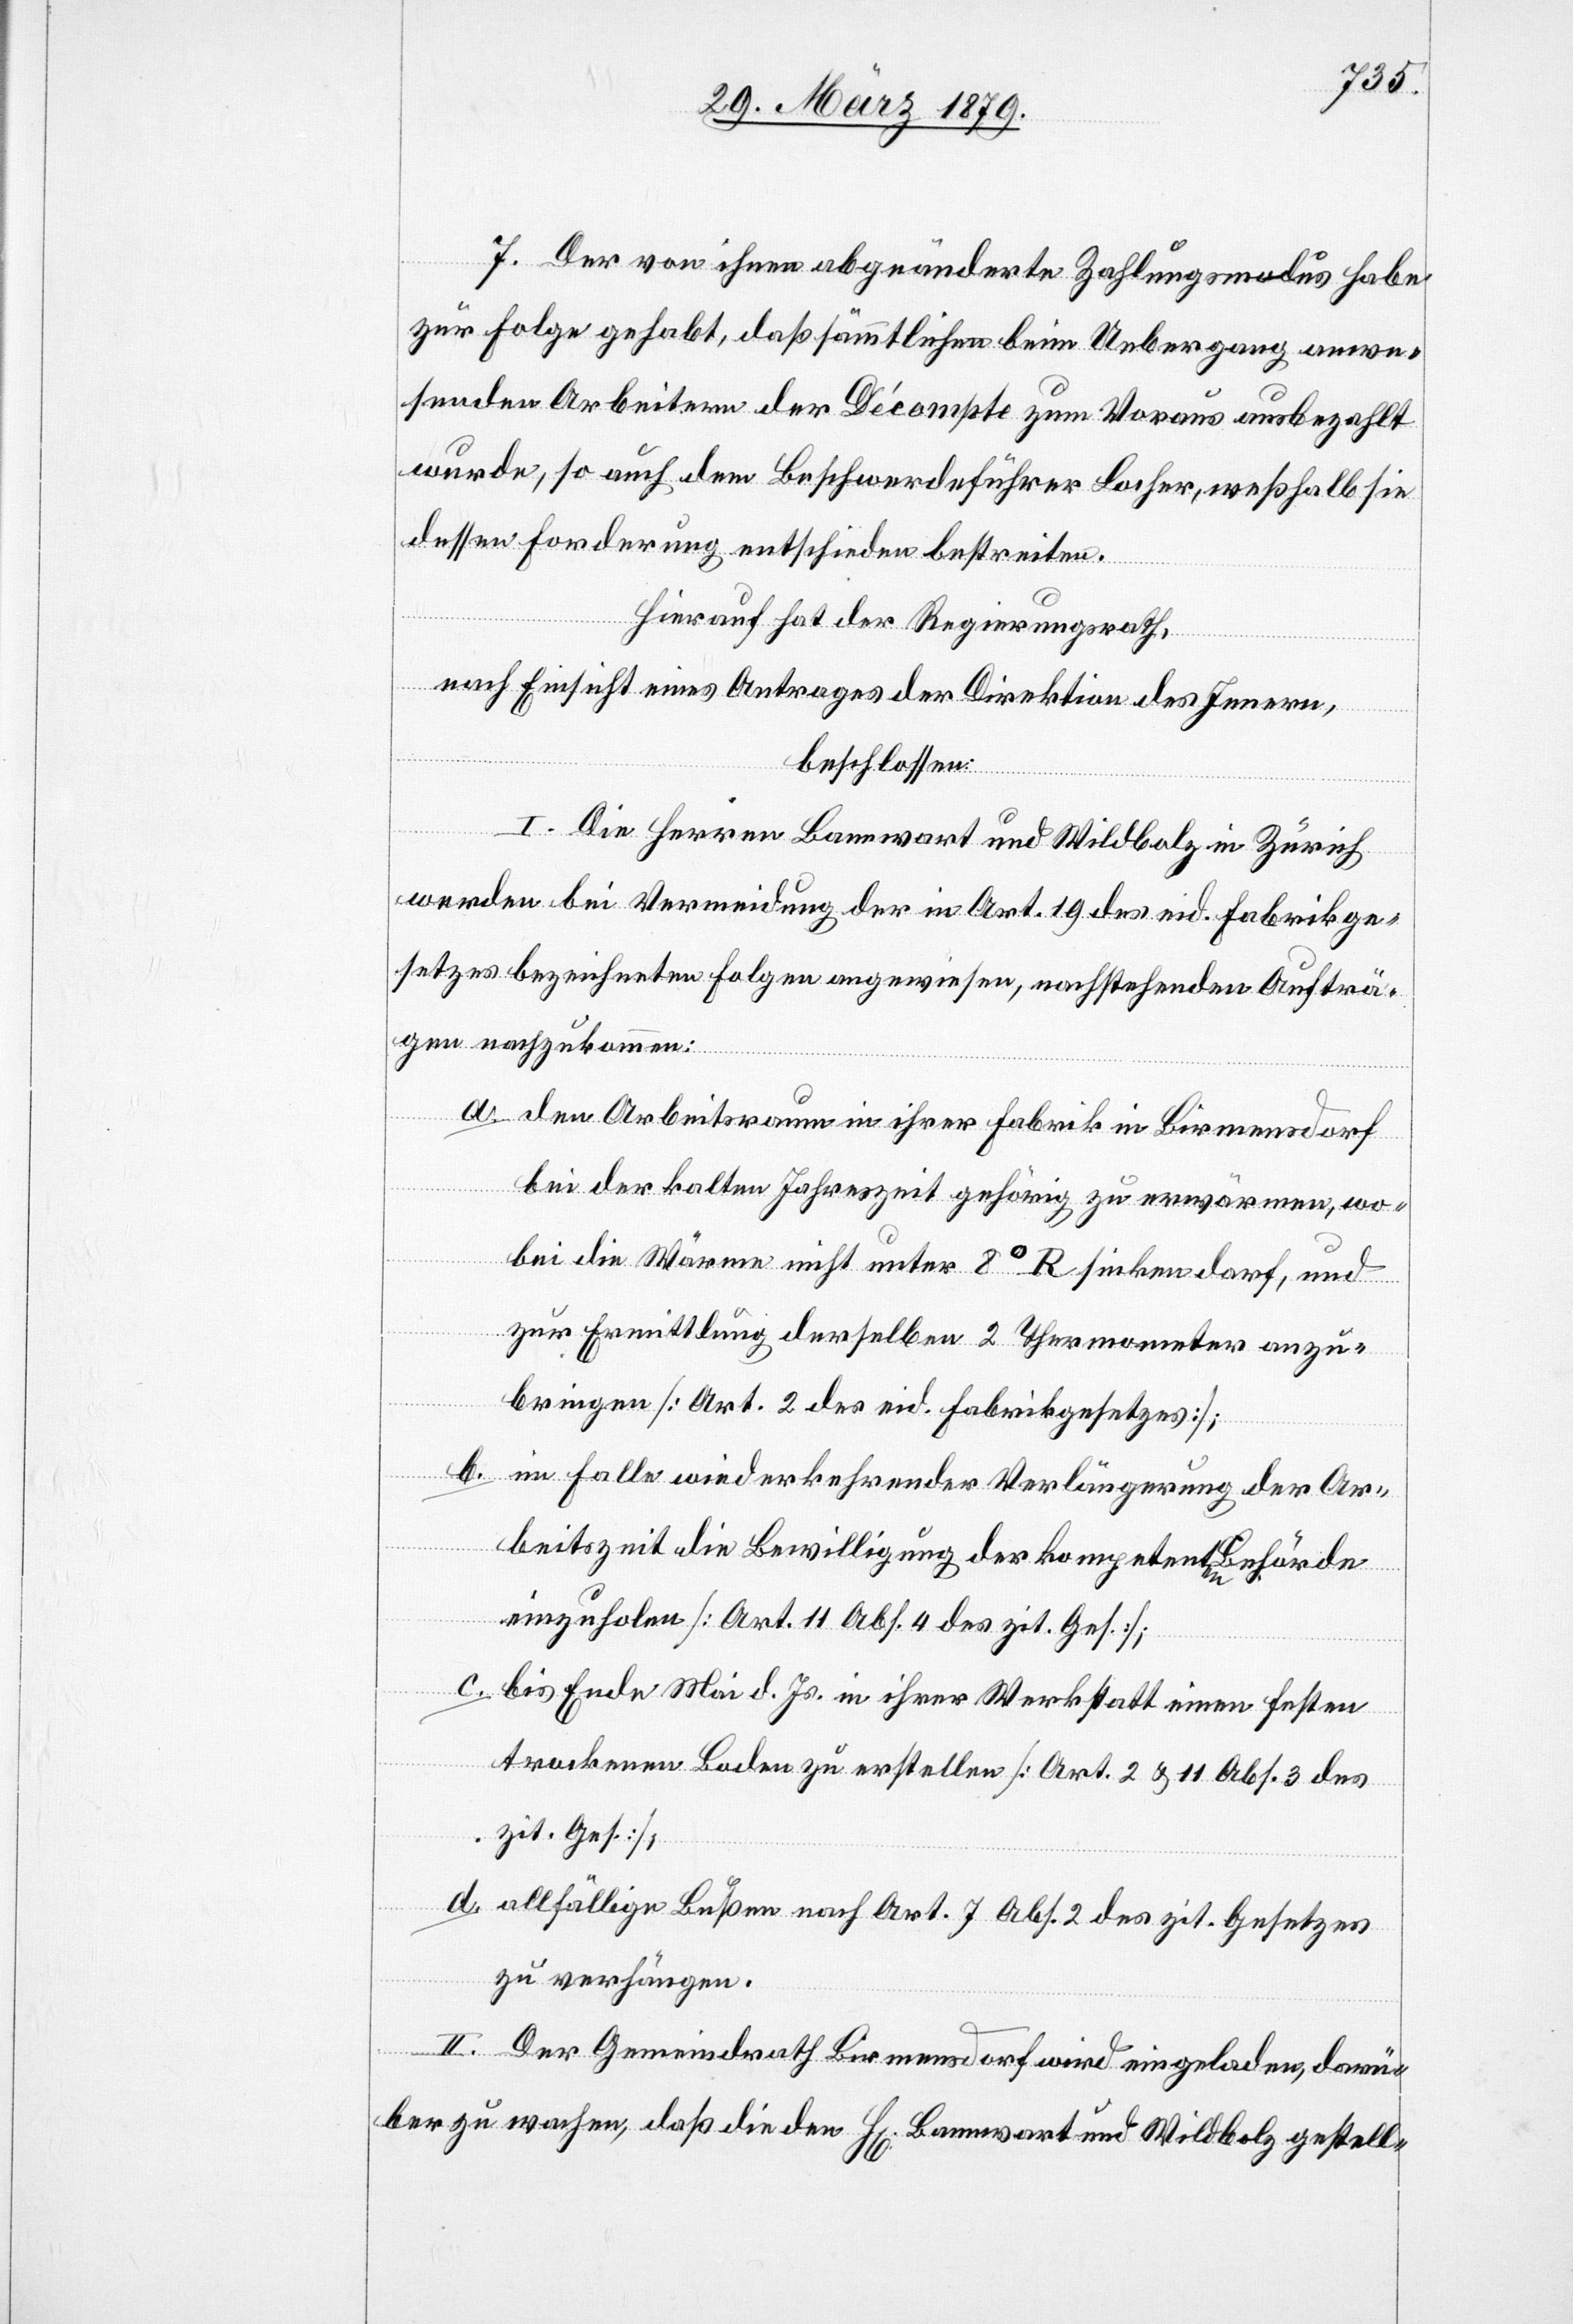
7. Der von ihnen abgeänderte Zahlungsmodus habe
zur Folge gehabt, daß sämmtlichen beim Uebergang anwe¬
senden Arbeitern der Décompte zum Voraus ausbezahlt
wurde, so auch dem Beschwerdeführer Locher, weßhalb sie
dessen Forderung entschieden bestreiten.
Hierauf hat der Regierungsrath,
nach Einsicht eines Antrages der Direktion des Innern,
beschlossen:
I. Die Herren Bannwart und Wildbolz in Zürich
werden bei Vermeidung der in Art. 19 des eid. Fabrikge¬
setzes bezeichneten Folgen angewiesen, nachstehenden Aufträ¬
gen nachzukommen:
a. den Arbeitsraum in ihrer Fabrik in Birmensdorf
bei der kalten Jahreszeit gehörig zu erwärmen, wo¬
bei die Wärme nicht unter 8o R sinken darf, und
zur Ermittlung derselben zwei Thermometer anzu¬
bringen [Art. 2 des eid. Fabrikgesetzes];
b. im Falle wiederkehrender Verlängerung der Ar¬
beitszeit die Bewilligung der kompetenten Behörde
einzuholen [Art. 11 Abs. 4 des zit. Ges.];
c. bis Ende Mai d. Js. in ihrer Werkstatt einen festen
trockenen Boden zu erstellen [Art. 2 & 11 Abs. 3 des
zit. Ges.];
d. allfällige Bußen nach Art. 7 Abs. 2 des zit. Gesetzes
zu verhängen.
II. Der Gemeindrath Birmensdorf wird eingeladen, darü¬
ber zu wachen, daß die den H[erren] Bannwart und Wildbolz gestell-